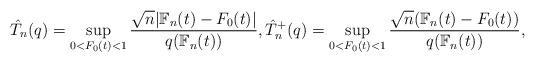
LaTeX: \begin{align*}\hat{T}_n(q)=\sup\limits_{0<F_0(t)<1} \dfrac{\sqrt{n}|\mathbb{F}_n(t)-F_0(t)|}{q({\mathbb{F}_n(t)})},\hat{T}_n^+(q)=\sup\limits_{0<F_0(t)<1} \dfrac{\sqrt{n}(\mathbb{F}_n(t)-F_0(t))}{q({\mathbb{F}_n(t)})},\end{align*}